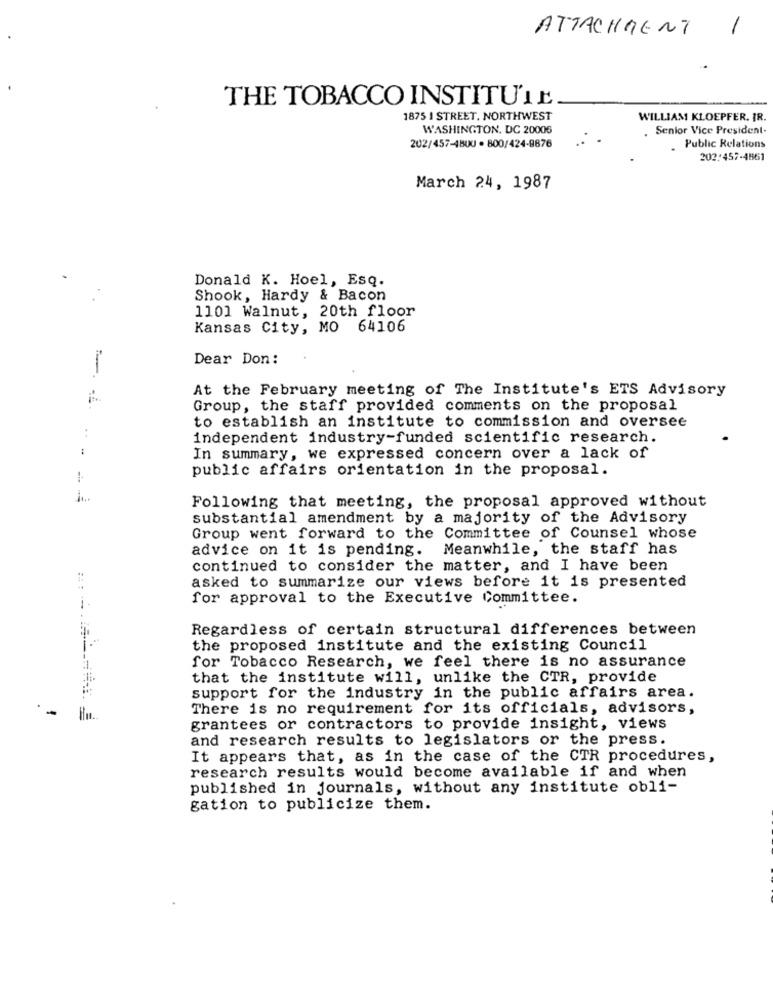
ATTACHMENT
-
THE TOBACCO INSTITU'1 E
1875 1 STREET. NORTHWEST
WILLIAM KLOEPFER. IR.
WASHINGTON, DC 20005
. Senior Vice President.
202/457-4800 · 800/424-8876
Public Relations
202:457-4861
March 24, 1987
Donald K. Hoel, Esq.
Shook, Hardy & Bacon
1101 Walnut, 20th floor
Kansas City, MO 64106
Dear Don:
-
At the February meeting of The Institute's ETS Advisory
Group, the staff provided comments on the proposal
to establish an institute to commission and oversee
independent industry-funded scientific research.
1
In summary, we expressed concern over a lack of
public affairs orientation in the proposal.
Following that meeting, the proposal approved without
substantial amendment by a majority of the Advisory
Group went forward to the Committee of Counsel whose
advice on it is pending. Meanwhile, the staff has
continued to consider the matter, and I have been
asked to summarize our views before it is presented
for approval to the Executive Committee.
Regardless of certain structural differences between
the proposed institute and the existing Council
for Tobacco Research, we feel there is no assurance
that the institute will, unlike the CTR, provide
support for the industry in the public affairs area.
There is no requirement for its officials, advisors,
Hu.
grantees or contractors to provide insight, views
and research results to legislators or the press.
It appears that, as in the case of the CTR procedures,
research results would become available if and when
published in journals, without any institute obli-
gation to publicize them.